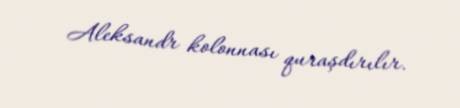
Aleksandr kolonnası quraşdırılır.